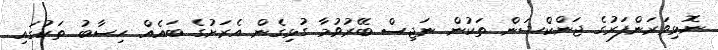
ނޮޅިވަރަންފަރުގެ ޖަންކްޝަން ތަކުން ނަޖިސް ބޭރުވުމާ ގުޅިގެން އެރަށުގެ ބައެއް ހިސާބު ތަކުގައި